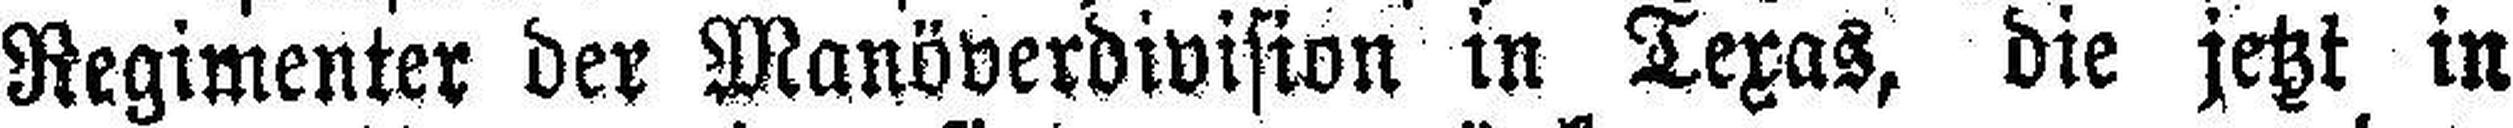
Regimenter der Manöverdivision in Texas, die jetzt in